Serum-therapy of plague in India - Number 20
Disease focus: Plague
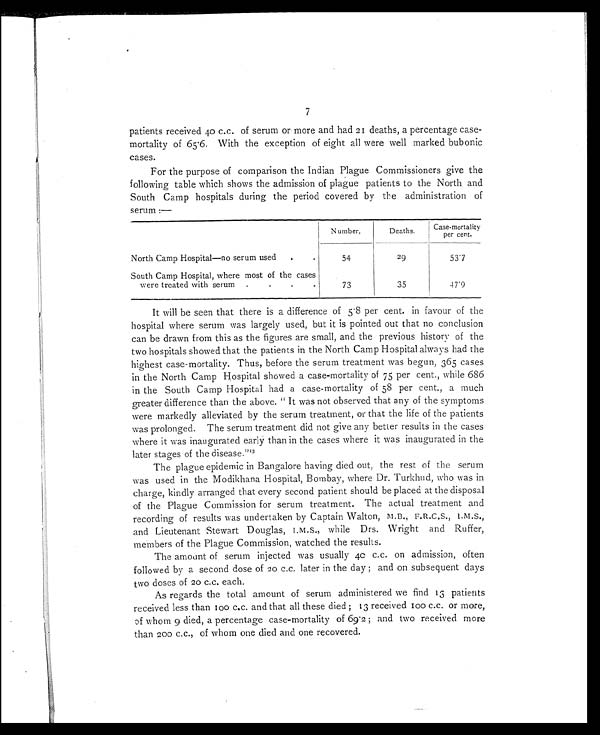
7
patients received 40 c.c. of serum or more and had 21 deaths, a percentage case-
mortality of 65.6. With the exception of eight all were well marked bubonic
cases.
For the purpose of comparison the Indian Plague Commissioners give the
following table which shows the admission of plague patients to the North and
South Camp hospitals during the period covered by the administration of
serum :—
North Camp Hospital—no serum used .. . •
Number,
Deaths.
Case-mortality
per cent.
54
29
53.7
South Camp Hospital, where most of the cases
were treated with serum... .
73
35
47.9
It will be seen that there is a difference of 5.8 per cent. in favour of the
hospital where serum was largely used, but it is pointed out that no conclusion
can be drawn from this as the figures are small, and the previous history of the
two hospitals showed that the patients in the North Camp Hospital always had the
highest case-mortality. Thus, before the serum treatment was begun, 365 cases
in the North Camp Hospital showed a case-mortality of 75 per cent., while 686
in the South Camp Hospital had a case-mortality of 58 per cent., a much
greater difference than the above. " It was not observed that any of the symptoms
were markedly alleviated by the serum treatment, or that the life of the patients
was prolonged. The serum treatment did not give any better results in the cases
where it was inaugurated early than in the cases where it was inaugurated in the
later stages of the disease." 1 3
The plague epidemic in Bangalore having died out, the rest of the serum
was used in the Modikhana Hospital, Bombay, where Dr. Turkhud, who was in
charge, kindly arranged that every second patient should be placed at the disposal
of the Plague Commission for serum treatment. The actual treatment and
recording of results was undertaken by Captain Walton, M.B.,
F . R . C . S . , I . M . S . , a n d L i e u t e n a n t S t e w a r t D o u g l a s , I . M . S . , w h i l e D r s . W r i g h t a n d R u f f e r ,
members of the Plague Commission, watched the results.
The amount of serum injected was usually 40 c.c. on admission, often
followed by a second dose of 20 c.c. later in the day; and on subsequent days
two doses of 20 C.C. each.
As regards the total amount of serum administered we find 13 patients
received less than 100 c.c. and that all these died; 13 received 100 c.c. or more,
of whom 9 died, a percentage case-mortality of 69.2; and two received more
than 200 c.c., of whom one died and one recovered.